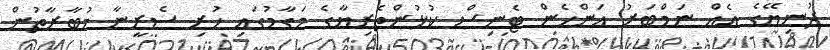
ދުނިޔޭގެ އެއް ނަމްބަރު އަންހެން ޓެނިސް ކުޅުންތެރިޔާގެ މަގާމުގައި ހުރި ސެރީނާ މުބާރާތުން